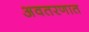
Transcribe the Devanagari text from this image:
अवतरणात